65_HS1-834228961_62-HQ-83894_Section_10
Agency: FBI
Page 148
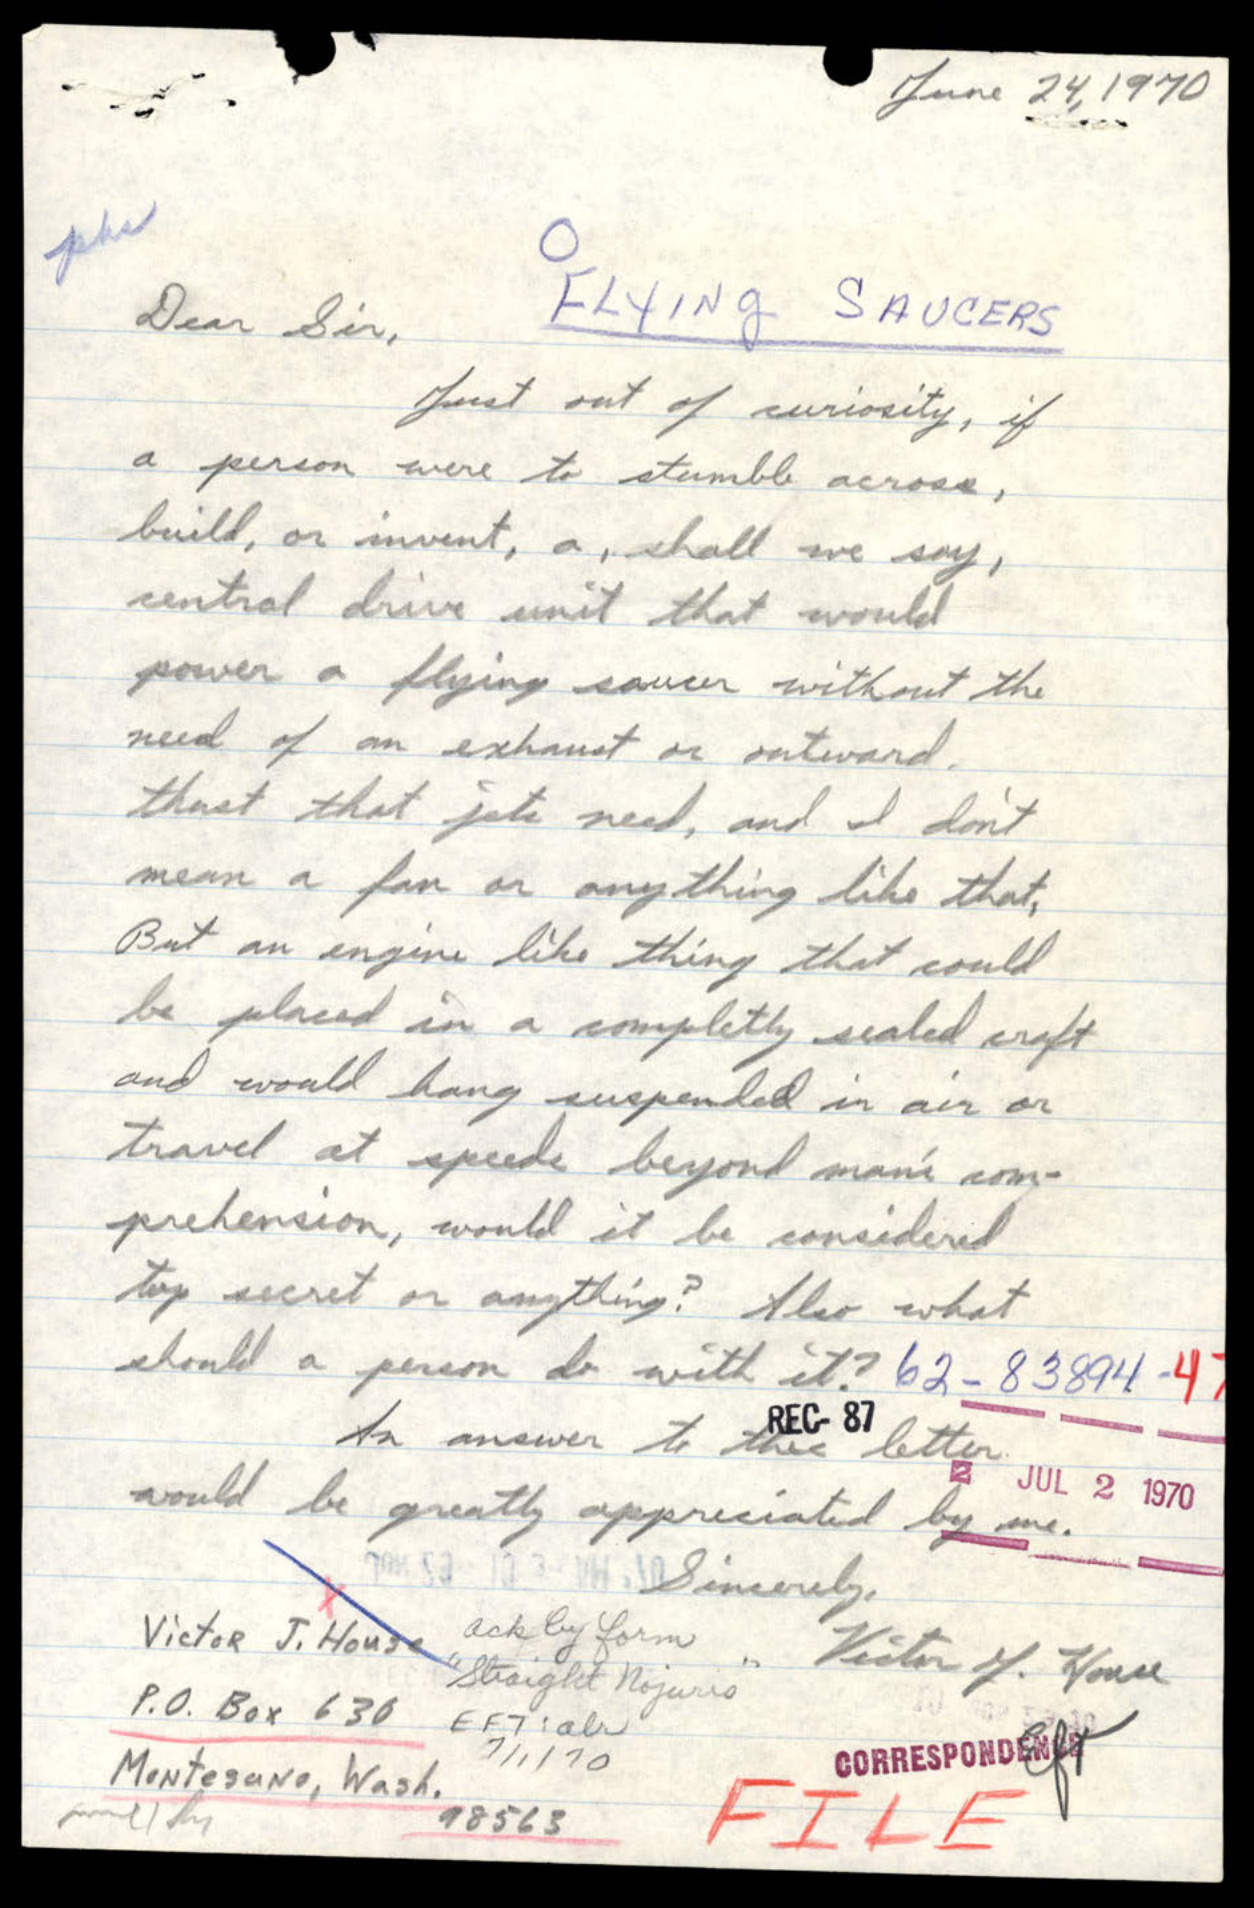